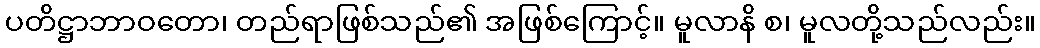
ပတိဋ္ဌာဘာဝတော၊ တည်ရာဖြစ်သည်၏ အဖြစ်ကြောင့်။ မူလာနိ စ၊ မူလတို့သည်လည်း။